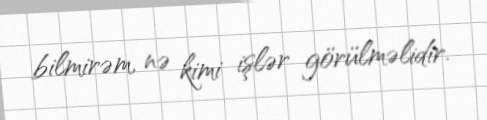
bilmirəm, nə kimi işlər görülməlidir.